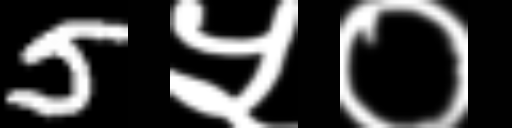
Text: 5५०